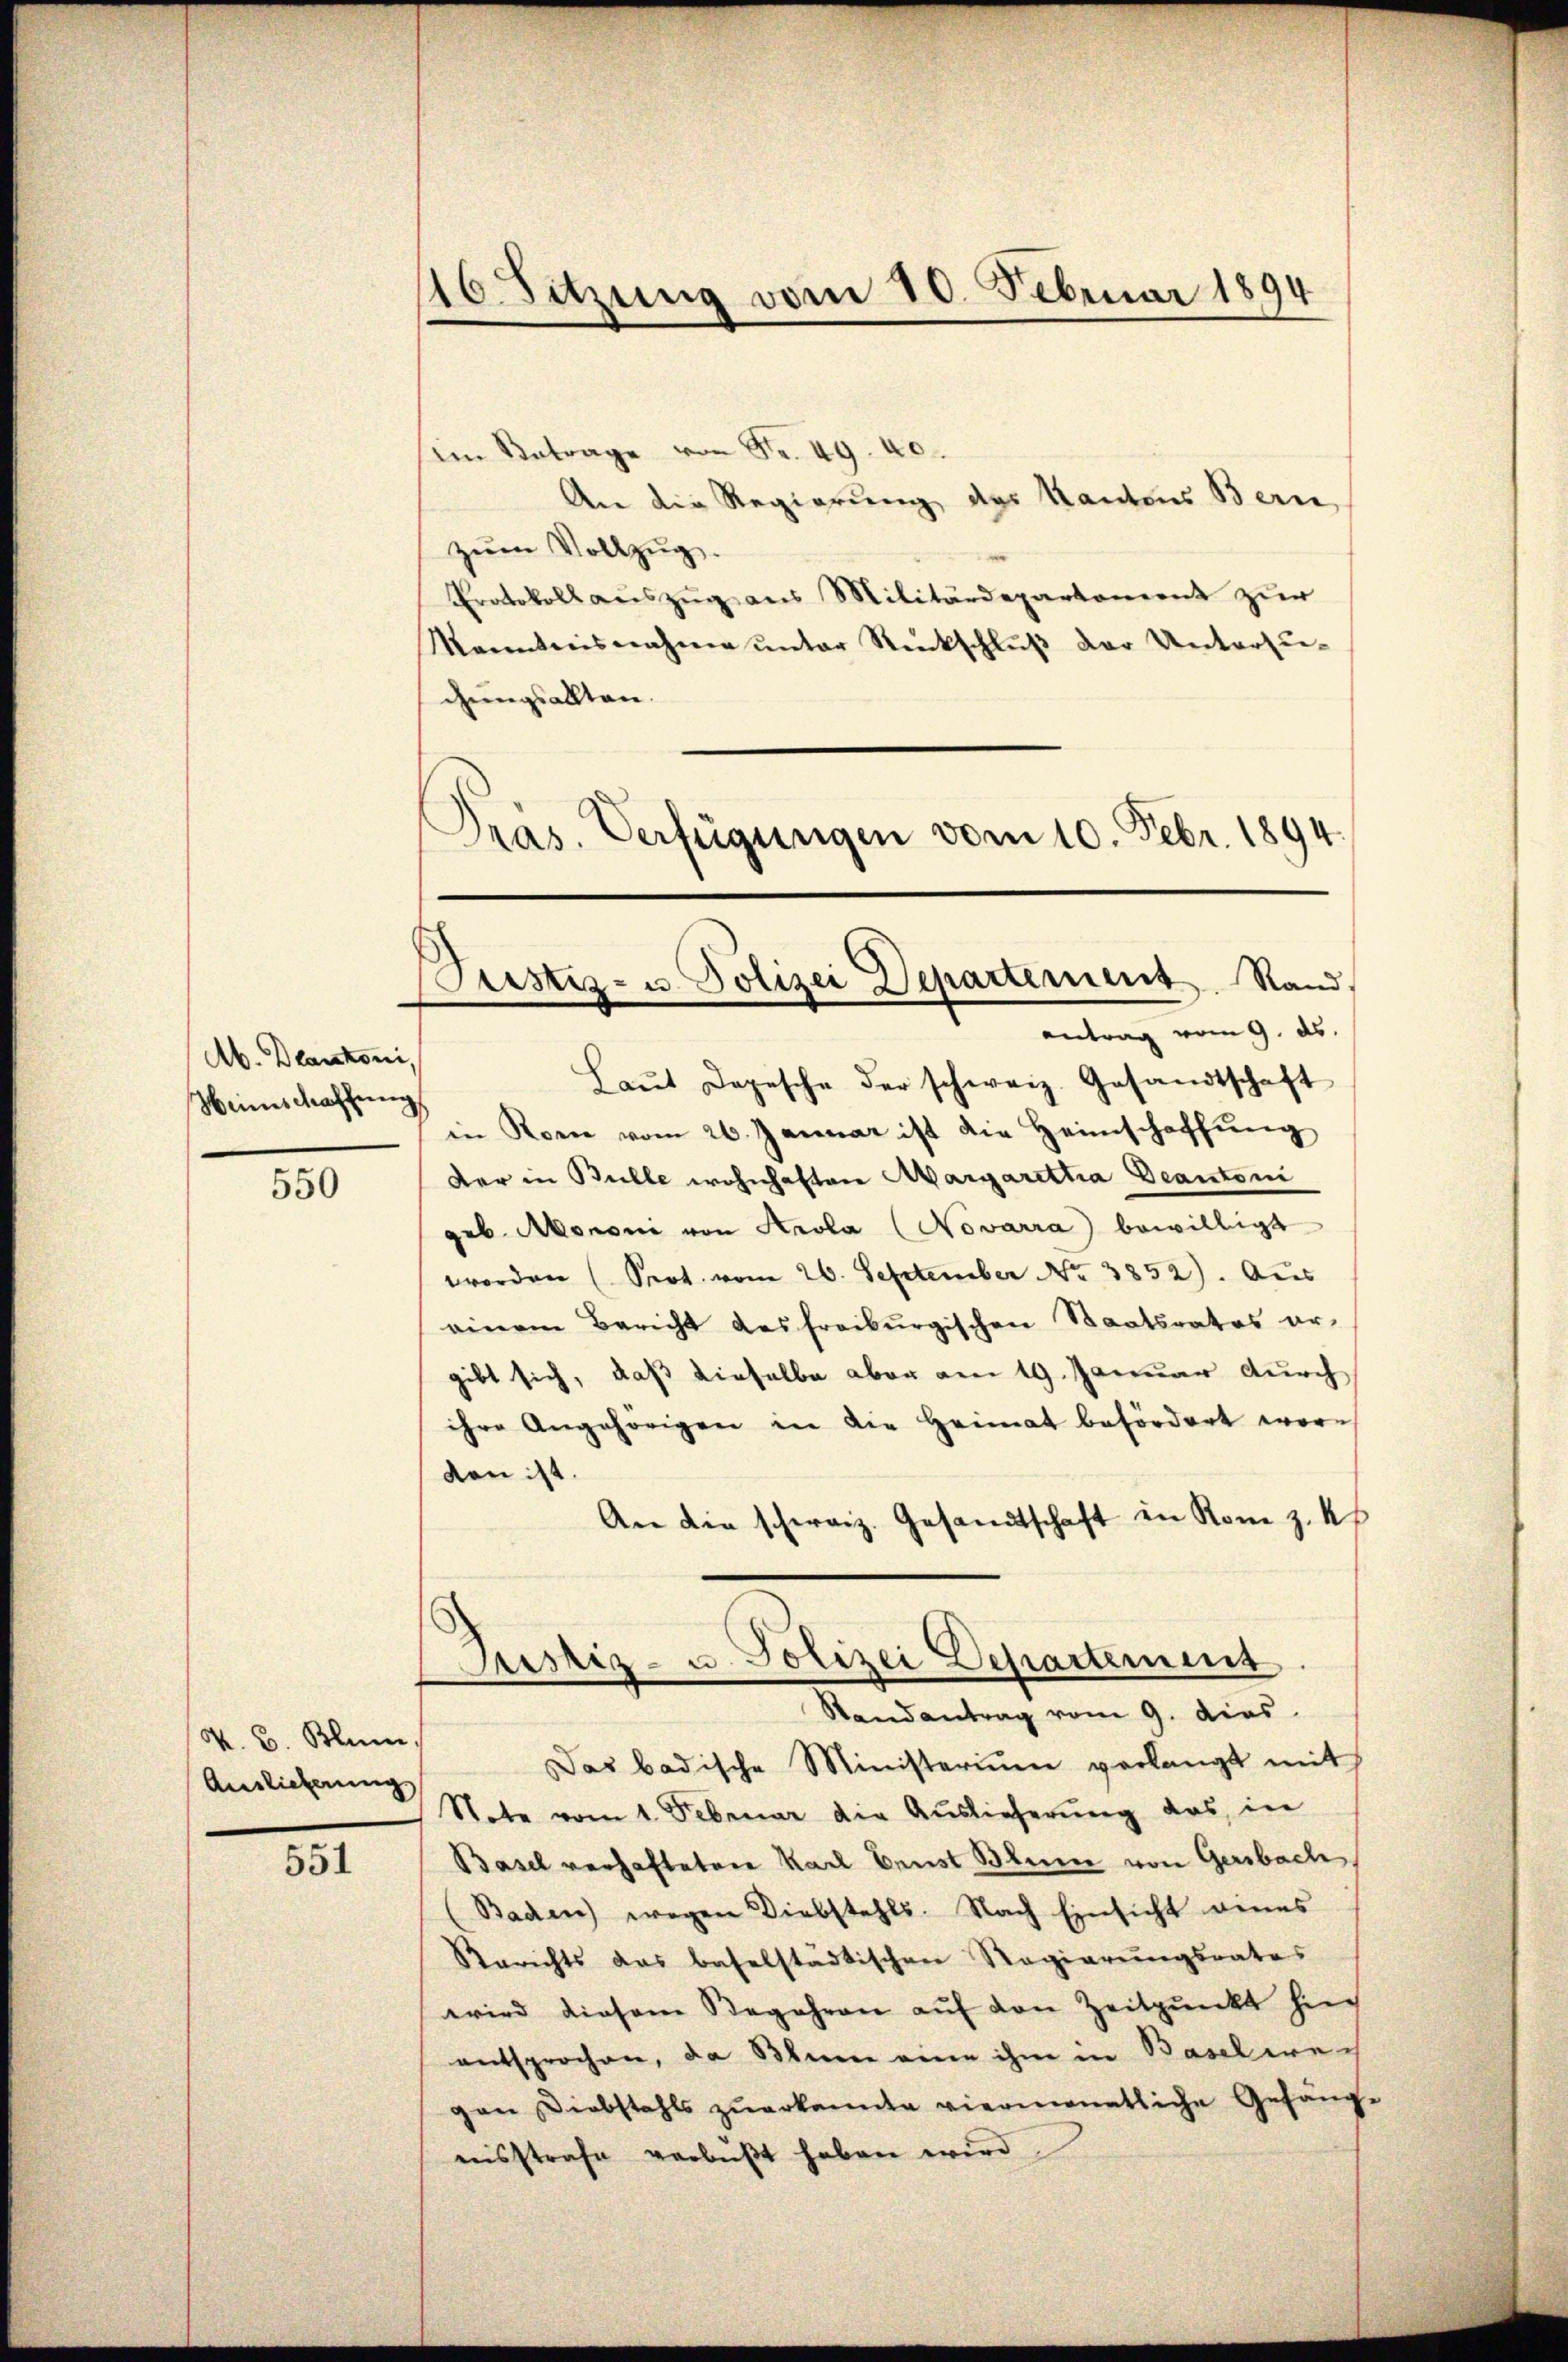
Ab. Dankoni,
Weinschaffung

550

K. B. Blum.
Auslieferung.

551

16. Sitzung vom 10. Februar 1894

im Betrage von Nr. 49. 40.
An die Regierung des Kantons Bern,
zŭm Vollzug.
Protokoll auszug aus Militärdepartement zur
kanntnisnahme ŭnter Rückschlŭβ der Untersu-
gungsallten.
Präs. Verfügungen vom 10. Febr. 1894.

Justiz- u. Polizei Departement. Stand,
antrag vom 9. ds.

Laŭt Depesche der schweiz. Gesandtschaft
in Ronne vom 26. Januar ist die Heimschaffŭng
der in Bulle wohnhaften Margarettia Deantoni
geb. Mononi von Strola (Novarra bewilligt
worden (Seot vom 26. September No. 3852). Aus
einem Bericht des freiburgischen Staatsrates er-
gibt sich, daß dieselbe aber am 19. Januar durch
ihre Angehörigen in die Heimat befördert wor-
den ist.
An die schweiz. Gesandtschaft in Rome z. Us

Justiz- u. Polizei Departement
Randantrag vom 9. dies

Das badische Ministerium verlangt mit
Note vom 1. Februar die Auslieferung das in
Basel verhafteten Karl Ernst Blume von Gersbach
(Baden) wegen Diebstahls. Nach Einsicht eines
Berichts das baselstadtischen Regierungsrates
wird diesem Begehren auf den Zeitpunkt hin
entsprochen, da Blume eine ihm in Baselerech
gen Diebstahls zuerkannte viermanntliche Gefänge
eisstrafe verbüßt haben wird